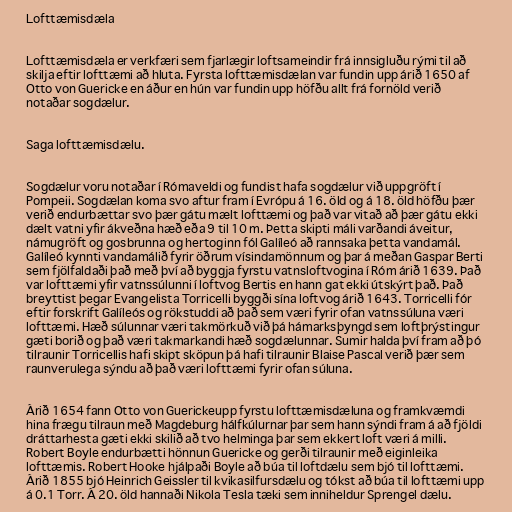
Lofttæmisdæla

Lofttæmisdæla er verkfæri sem fjarlægir loftsameindir frá innsigluðu rými til að
skilja eftir lofttæmi að hluta. Fyrsta lofttæmisdælan var fundin upp árið 1650 af
Otto von Guericke en áður en hún var fundin upp höfðu allt frá fornöld verið
notaðar sogdælur.

Saga lofttæmisdælu.

Sogdælur voru notaðar í Rómaveldi og fundist hafa sogdælur við uppgröft í
Pompeii. Sogdælan koma svo aftur fram í Evrópu á 16. öld og á 18. öld höfðu þær
verið endurbættar svo þær gátu mælt lofttæmi og það var vitað að þær gátu ekki
dælt vatni yfir ákveðna hæð eða 9 til 10 m. Þetta skipti máli varðandi áveitur,
námugröft og gosbrunna og hertoginn fól Galíleó að rannsaka þetta vandamál.
Galíleó kynnti vandamálið fyrir öðrum vísindamönnum og þar á meðan Gaspar Berti
sem fjölfaldaði það með því að byggja fyrstu vatnsloftvogina í Róm árið 1639. Það
var lofttæmi yfir vatnssúlunni í loftvog Bertis en hann gat ekki útskýrt það. Það
breyttist þegar Evangelista Torricelli byggði sína loftvog árið 1643. Torricelli fór
eftir forskrift Galíleós og rökstuddi að það sem væri fyrir ofan vatnssúluna væri
lofttæmi. Hæð súlunnar væri takmörkuð við þá hámarksþyngd sem loftþrýstingur
gæti borið og það væri takmarkandi hæð sogdælunnar. Sumir halda því fram að þó
tilraunir Torricellis hafi skipt sköpun þá hafi tilraunir Blaise Pascal verið þær sem
raunverulega sýndu að það væri lofttæmi fyrir ofan súluna.

Árið 1654 fann Otto von Guerickeupp fyrstu lofttæmisdæluna og framkvæmdi
hina frægu tilraun með Magdeburg hálfkúlurnar þar sem hann sýndi fram á að fjöldi
dráttarhesta gæti ekki skilið að tvo helminga þar sem ekkert loft væri á milli.
Robert Boyle endurbætti hönnun Guericke og gerði tilraunir með eiginleika
lofttæmis. Robert Hooke hjálpaði Boyle að búa til loftdælu sem bjó til lofttæmi.
Árið 1855 bjó Heinrich Geissler til kvikasilfursdælu og tókst að búa til lofttæmi upp
á 0.1 Torr. Á 20. öld hannaði Nikola Tesla tæki sem inniheldur Sprengel dælu.